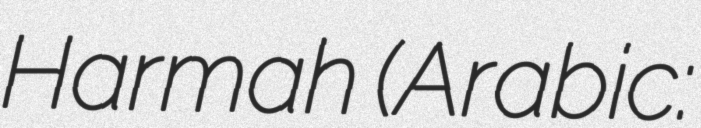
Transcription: Harmah (Arabic: